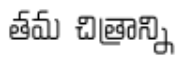
తమ చిత్రాన్ని